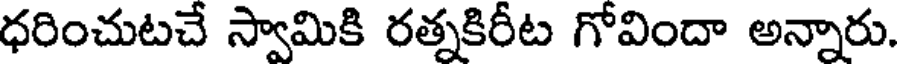
ధరించుటచే స్వామికి రత్నకిరీట గోవిందా అన్నారు.